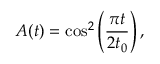
A ( t ) = \cos ^ { 2 } \left( \frac { \pi t } { 2 t _ { 0 } } \right) ,